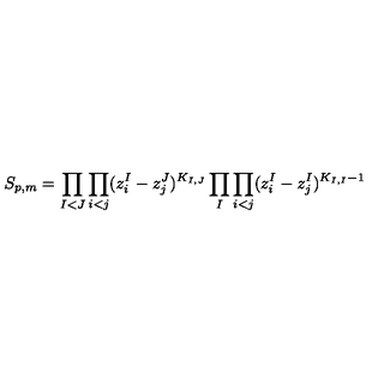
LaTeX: S _ { p , m } = \prod _ { I < J } \prod _ { i < j } ( z _ { i } ^ { I } - z _ { j } ^ { J } ) ^ { K _ { I , J } } \prod _ { I } \prod _ { i < j } ( z _ { i } ^ { I } - z _ { j } ^ { I } ) ^ { K _ { I , I } - 1 }